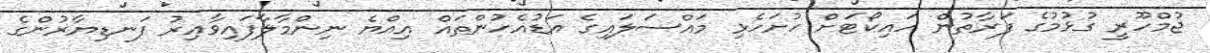
ޖުމްހޫރީ ގުޅުމުގެ ފަރާތުން ހައިކޯޓަށް ހުށަހެޅި މައްސަލައިގެ އަޑުއެހުންތައް އިއްޔެ ނިންމާލާފައިވާއިރު ފަނޑިޔާރުންގެ